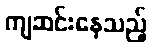
ကျဆင်းနေသည့်